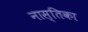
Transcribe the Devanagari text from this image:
नास्तिका